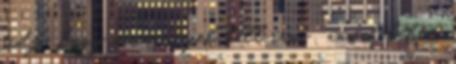
tudja, hogy mindent fel kell írni , annak lehet,